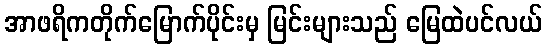
အာဖရိကတိုက်မြောက်ပိုင်းမှ မြင်းများသည် မြေထဲပင်လယ်